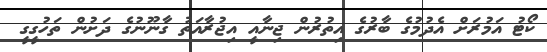
ކޯޓު އަމުރަށް އެދުމުގެ ބާރުގެ އިތުރުން ޖިނާއީ އިޖުރާއަތު ގާނޫނުގެ ދަށުން ތަހުގީގީ